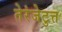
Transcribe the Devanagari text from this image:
तेरंजेटुत्त